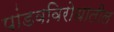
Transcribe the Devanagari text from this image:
पांडवविरोधातील